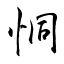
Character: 恫